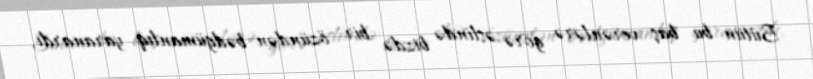
Bütün bu baş verənlərə görə əslində bizdə bir özündən bədgümanlıq yaranardı,